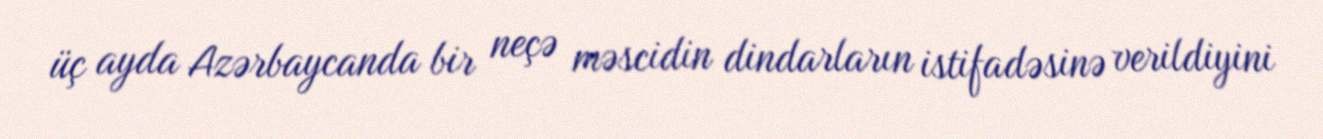
üç ayda Azərbaycanda bir neçə məscidin dindarların istifadəsinə verildiyini